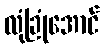
လုံခြုံအောင်